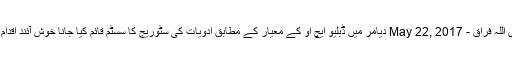
فیض اللہ فراق - May 22, 2017 دیامر میں ڈبلیو ایچ او کے معیار کے مطابق ادویات کی سٹوریج کا سسٹم قائم کیا جانا خوش آئند اقدام ہے۔